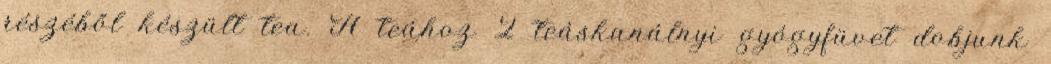
részéből készült tea. A teához 2 teáskanálnyi gyógyfüvet dobjunk